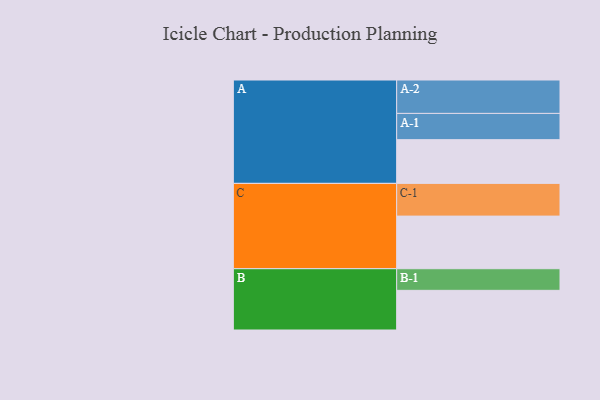
{"axis": {"x": "Segment", "y": "Value"}, "legend": ["", "A", "B", "C"], "data": [{"x": "A", "y": 378, "type": ""}, {"x": "B", "y": 343, "type": ""}, {"x": "C", "y": 455, "type": ""}, {"x": "A-1", "y": 227, "type": "A"}, {"x": "A-2", "y": 289, "type": "A"}, {"x": "B-1", "y": 187, "type": "B"}, {"x": "C-1", "y": 283, "type": "C"}]}